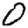
Digit: 0